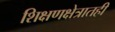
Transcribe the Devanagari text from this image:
शिक्षणक्षेत्रातही